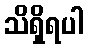
သိရှိရပါ